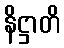
နိဋ္ဌာတိ